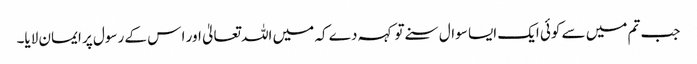
جب تم میں سے کوئی ایک ایسا سوال سنے تو کہہ دے کہ میں اللہ تعالیٰ اور ا س کے رسول پر ایمان لایا۔